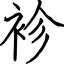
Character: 袗